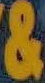
&